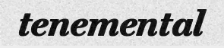
tenemental